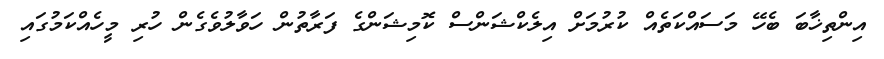
އިންތިޚާބަ ބެހޭ މަސައްކަތެއް ކުރުމަށް އިލެކްޝަންސް ކޮމިޝަންގެ ފަރާތުން ހަވާލުވެގެން ހުރި މީހެއްކަމުގައި